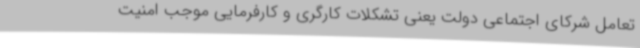
تعامل شرکای اجتماعی دولت یعنی تشکلات کارگری و کارفرمایی موجب امنیت